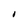
Character: I